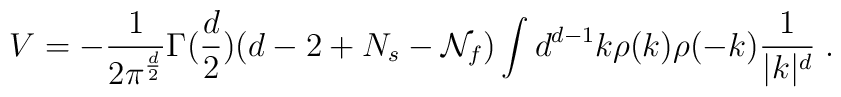
V = -{1 \over 2 \pi^{d \over 2} }\Gamma({d \over 2}) (d-2 + N_s -{\cal N}_f) \int d^{d-1} k \rho(k) \rho(-k) {1 \over |k|^d} \; .